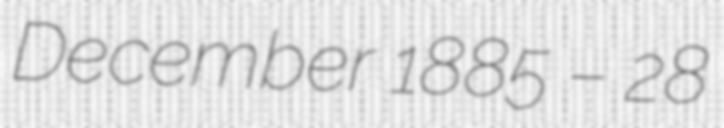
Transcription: December 1885 – 28